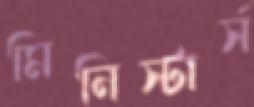
মিনিস্টার্স